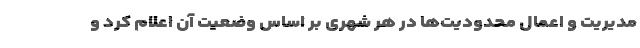
مدیریت و اعمال محدودیت‌ها در هر شهری بر اساس وضعیت آن اعلام کرد و